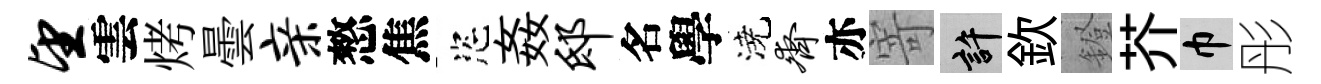
望雲烤曇亲憗焦恣姦邸名學澆齐亦寄許欽鐙芥巾彤